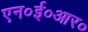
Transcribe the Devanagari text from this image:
एन०ई०आर०